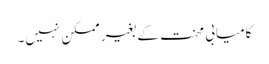
کامیابی محنت کے بغیر ممکن نہیں۔